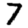
Digit: 7